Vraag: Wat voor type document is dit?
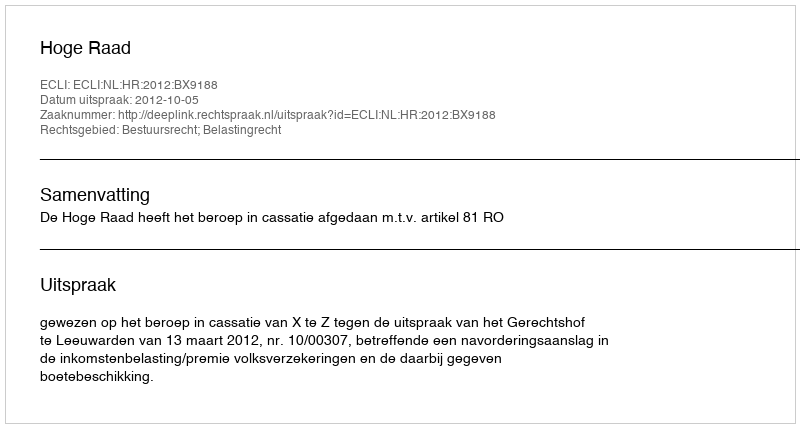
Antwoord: Uitspraak